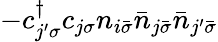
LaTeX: -c_{j^{\prime}\sigma}^{\dagger}c_{j\sigma}n_{i\bar{\sigma}}\bar{n}_{j\bar{\sigma}}\bar{n}_{j^{\prime}\bar{\sigma}}